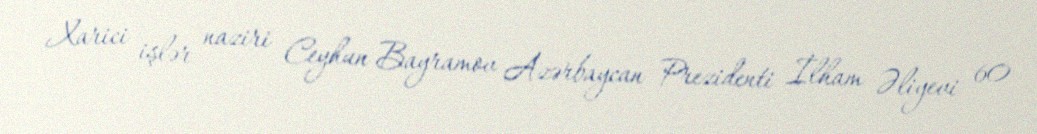
Xarici işlər naziri Ceyhun Bayramov Azərbaycan Prezidenti İlham Əliyevi 60